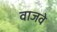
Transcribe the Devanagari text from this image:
वाजवे